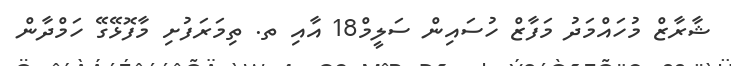
ޝާރާޒް މުހައްމަދު މަފާޒް ހުސައިން ސަލީމް18 އާއި ތ. ތިމަރަފުށި މާފޮޅޭގޭ ހަމްދާން